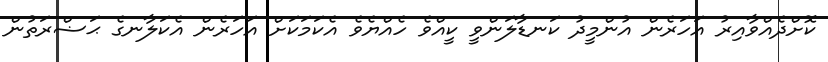
ކޮށްދެއްވާއިރު އަހަރެން އުންމީދު ކަނޑާލަންވީ ކީއްވެ ހެއްޔެވެ އެކަމަކަށް އަހަރެން އެކަލާނގެ ޙަޟްރަތުން